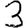
Digit: 3